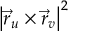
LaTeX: \left| { \vec { r } } _ { u } \times { \vec { r } } _ { v } \right| ^ { 2 }